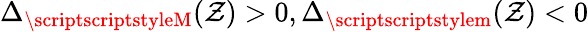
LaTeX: \Delta_{{\scriptscriptstyleM}}(\mathcal{Z})>0,\Delta_{{\scriptscriptstylem}}(\mathcal{Z})<0